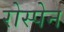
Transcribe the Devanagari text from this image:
रोस्पेन